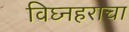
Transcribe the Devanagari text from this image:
विघ्नहराचा